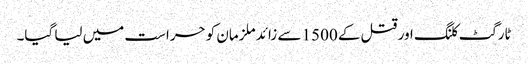
ٹارگٹ کلنگ اور قتل کے 1500 سے زائد ملزمان کو حراست میں لیا گیا۔